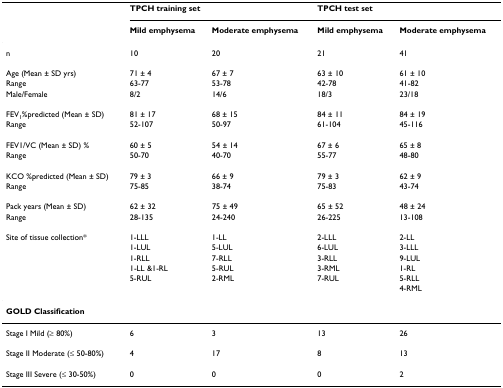
|  | <COLSPAN=2> TPCH training set | <COLSPAN=2> TPCH test set |
 |  | Mild emphysema | Moderate emphysema | Mild emphysema | Moderate emphysema |
 | --- | --- | --- | --- | --- |
 | n | 10 | 20 | 21 | 41 |
 | Age (Mean ± SD yrs) | 71 ± 4 | 67 ± 7 | 63 ± 10 | 61 ± 10 |
 | Range | 63-77 | 53-78 | 42-78 | 41-82 |
 | Male/Female | 8/2 | 14/6 | 18/3 | 23/18 |
 | FEV1%predicted (Mean ± SD) | 81 ± 17 | 68 ± 15 | 84 ± 11 | 84 ± 19 |
 | Range | 52-107 | 50-97 | 61-104 | 45-116 |
 | FEV1/VC (Mean ± SD) % | 60 ± 5 | 54 ± 14 | 67 ± 6 | 65 ± 8 |
 | Range | 50-70 | 40-70 | 55-77 | 48-80 |
 | KCO %predicted (Mean ± SD) | 79 ± 3 | 66 ± 9 | 79 ± 3 | 62 ± 9 |
 | Range | 75-85 | 38-74 | 75-83 | 43-74 |
 | Pack years (Mean ± SD) | 62 ± 32 | 75 ± 49 | 65 ± 52 | 48 ± 24 |
 | Range | 28-135 | 24-240 | 26-225 | 13-108 |
 | Site of tissue collection* | 1-LLL | 1-LL | 2-LLL | 2-LL |
 |  | 1-LUL | 5-LUL | 6-LUL | 3-LLL |
 |  | 1-RLL | 7-RLL | 3-RLL | 9-LUL |
 |  | 1-LL &1-RL | 5-RUL | 3-RML | 1-RL |
 |  | 5-RUL | 2-RML | 7-RUL | 5-RLL |
 |  |  |  |  | 4-RML |
 | <COLSPAN=5> GOLD Classification |
 | Stage I Mild (≥ 80%) | 6 | 3 | 13 | 26 |
 | Stage II Moderate (≤ 50-80%) | 4 | 17 | 8 | 13 |
 | Stage III Severe (≤ 30-50%) | 0 | 0 | 0 | 2 |